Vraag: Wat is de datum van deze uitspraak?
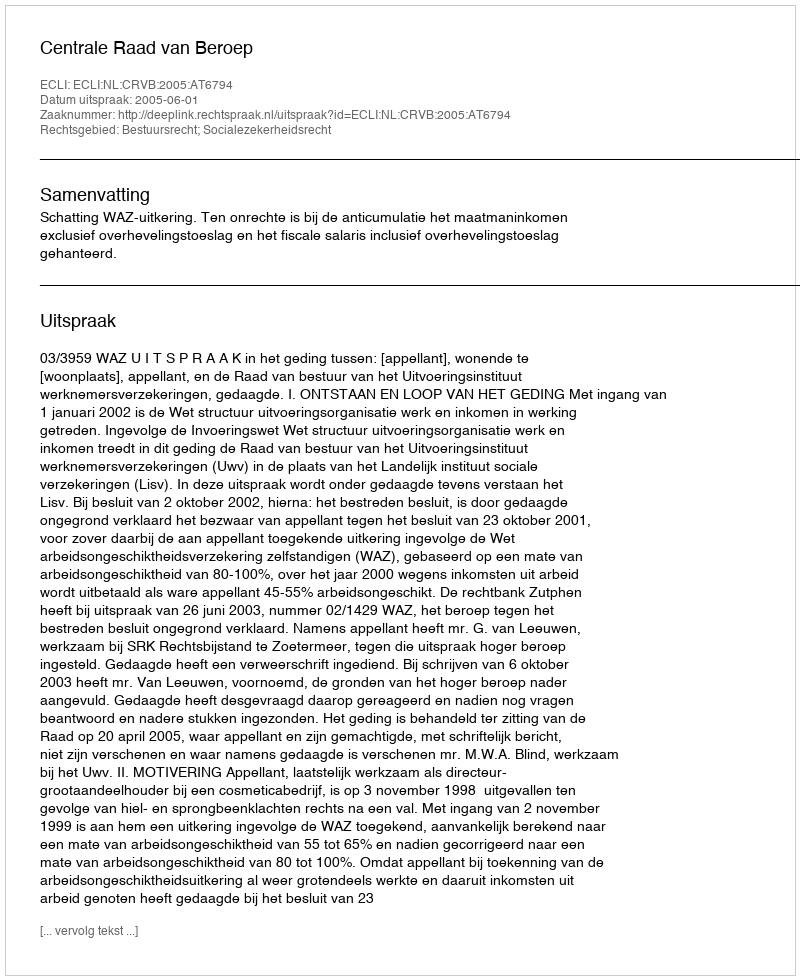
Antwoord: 2005-06-01